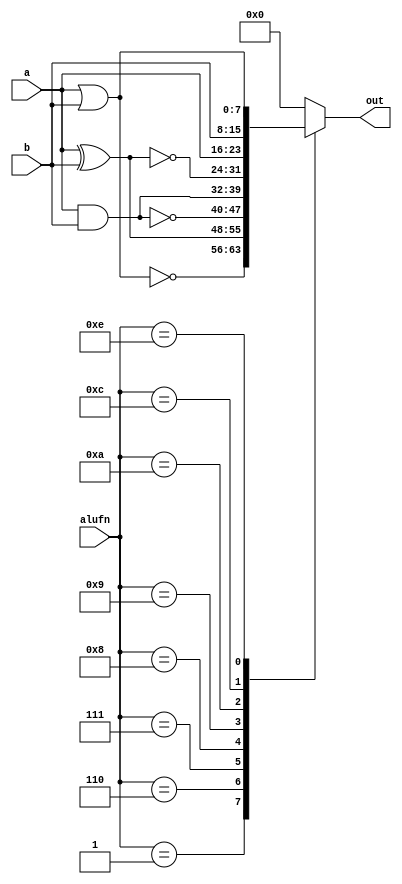
/*
   This file was generated automatically by the Mojo IDE version B1.3.6.
   Do not edit this file directly. Instead edit the original Lucid source.
   This is a temporary file and any changes made to it will be destroyed.
*/

module boolean_48 (
    input [7:0] a,
    input [7:0] b,
    input [3:0] alufn,
    output reg [7:0] out
  );
  
  
  
  always @* begin
    
    case (alufn)
      4'h1: begin
        out = ~(a | b);
      end
      4'h6: begin
        out = a ^ b;
      end
      4'h7: begin
        out = ~(a & b);
      end
      4'h8: begin
        out = a & b;
      end
      4'h9: begin
        out = ~(a ^ b);
      end
      4'ha: begin
        out = a;
      end
      4'hc: begin
        out = b;
      end
      4'he: begin
        out = a | b;
      end
      default: begin
        out = 8'h00;
      end
    endcase
  end
endmodule